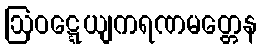
ဩဝဋ္ဋေယျကရဏမတ္တေန